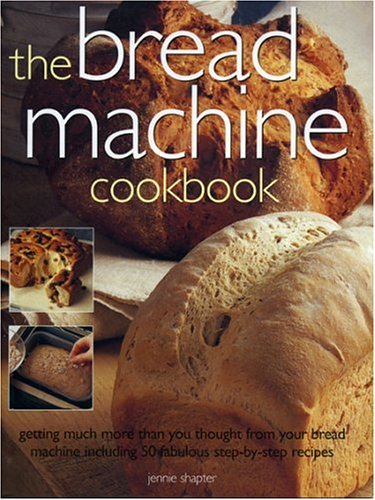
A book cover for The Bread Machine Cookbook: Getting More and More Than You Thought From Your Bread Machine including 50 Fabulous Step-by-Step Recipes; Jenny Shapter; Cookbooks, Food & Wine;